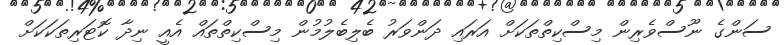
ސަންގެ ނޫސްވެރިން މިސްކިތްތަކަށް އަރައި ދަންވަރު ބެލިބެލުމުން މިސްކިތްތައް އެއީ ނިދާ ކޮޓަރިތަކަކަށް